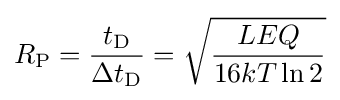
R_{\text{P}}={\frac {t_{\text{D}}}{\Delta t_{\text{D}}}}={\sqrt {\frac {LEQ}{16kT\ln 2}}}